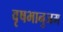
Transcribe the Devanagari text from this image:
वृषभानुजम